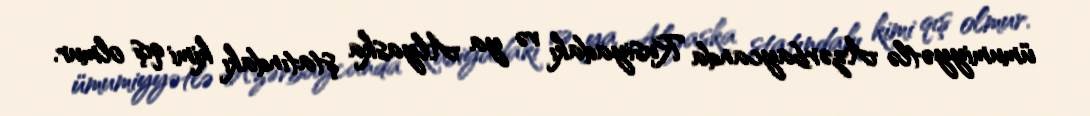
ümumiyyətlə Azərbaycanda Rusiyadakı və ya Alyaska ştatındakı kimi qış olmur.